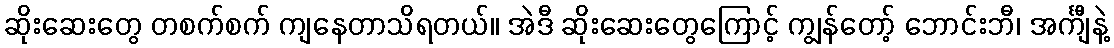
ဆိုးဆေးတွေ တစက်စက် ကျနေတာသိရတယ်။ အဲဒီ ဆိုးဆေးတွေကြောင့် ကျွန်တော့် ဘောင်းဘီ၊ အင်္ကျီနဲ့